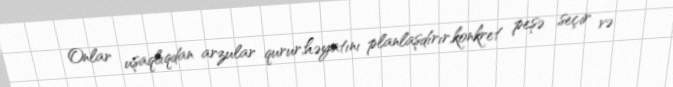
Onlar uşaqlıqdan arzular qurur,həyatını planlaşdırır,konkret peşə seçir və